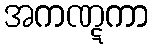
အကဏ္ဋကာ